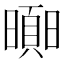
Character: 𣋗